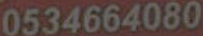
0534664080